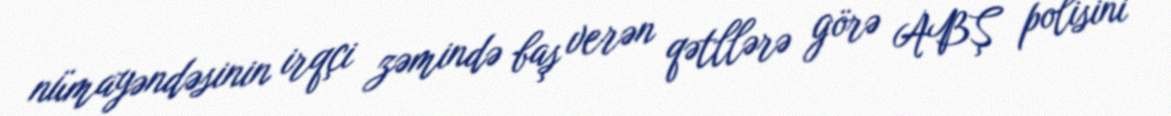
nümayəndəsinin irqçi zəmində baş verən qətllərə görə ABŞ polisini